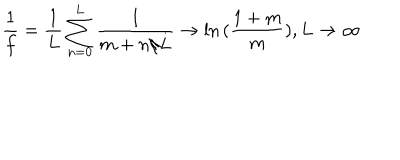
LaTeX: \frac { 1 } { f } = \frac { 1 } { L } \sum _ { n = 0 } ^ { L } \frac { 1 } { m + n / L } \rightarrow \ln { ( \frac { 1 + m } { m } ) } , L \rightarrow \infty